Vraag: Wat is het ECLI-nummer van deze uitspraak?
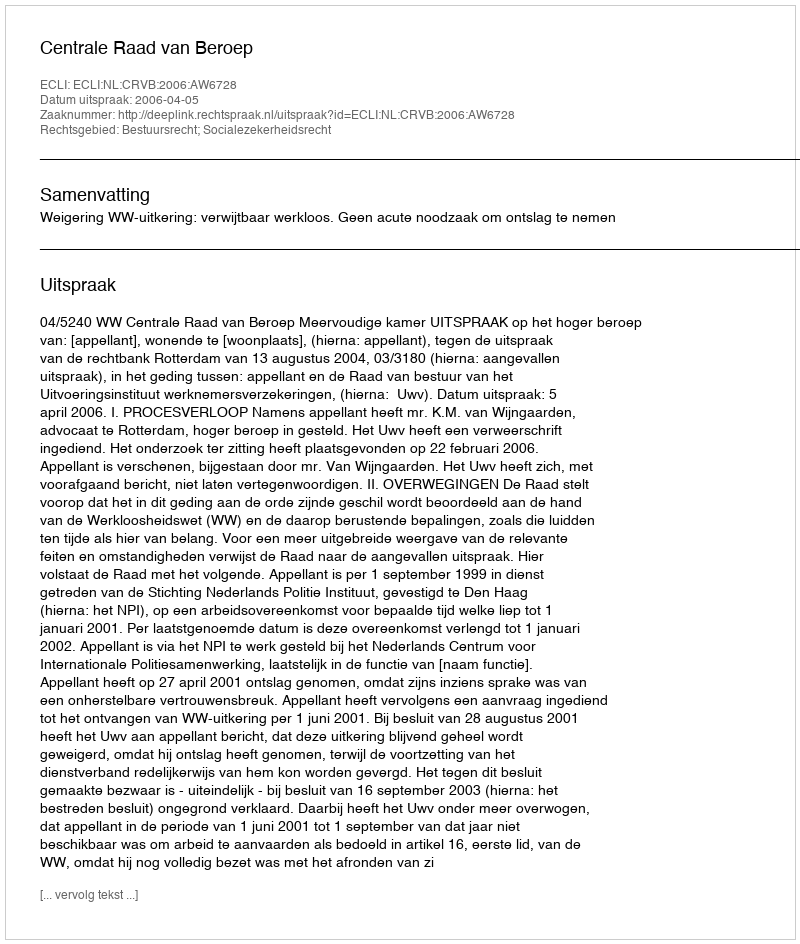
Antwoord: ECLI:NL:CRVB:2006:AW6728